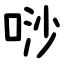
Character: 唦